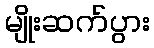
မျိုးဆက်ပွား